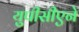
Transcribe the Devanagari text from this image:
युपीसीएने